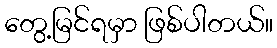
တွေ့မြင်ရမှာ ဖြစ်ပါတယ်။